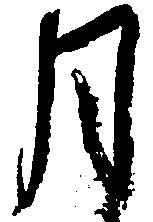
月